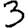
Digit: 3